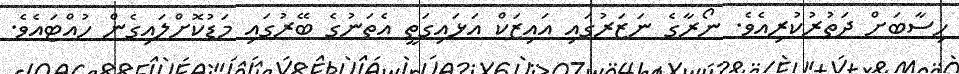
ހިސާބަށް ދަތުރުކުރިއެވެ. ނޯރާގެ ނަޒަރުގައި އައިޒަކް އަޅައިގަތީ އެތަނުގެ ބޭރުގައި މަޑުކޮށްލައިގެން ހުއްޓައެވެ.